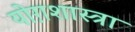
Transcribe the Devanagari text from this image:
योग़शास्त्रा